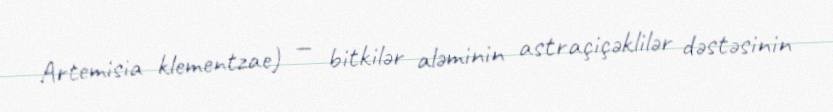
Artemisia klementzae) — bitkilər aləminin astraçiçəklilər dəstəsinin